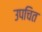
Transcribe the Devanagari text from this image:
उपचित